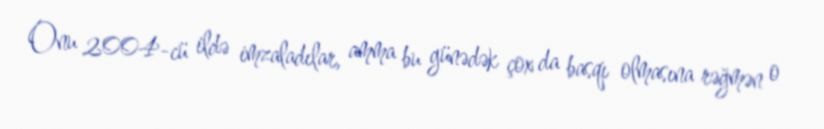
Onu 2004-cü ildə imzaladılar, amma bu günədək çox da basqı olmasına rəğmən o